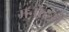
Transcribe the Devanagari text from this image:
मनोहरो